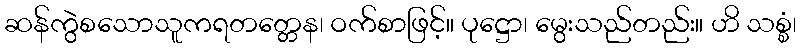
ဆန်ကွဲစသောသူကရတတ္တေန၊ ဝက်စာဖြင့်။ ပုဋ္ဌော၊ မွေးသည်တည်း။ ဟိ သစ္စံ၊